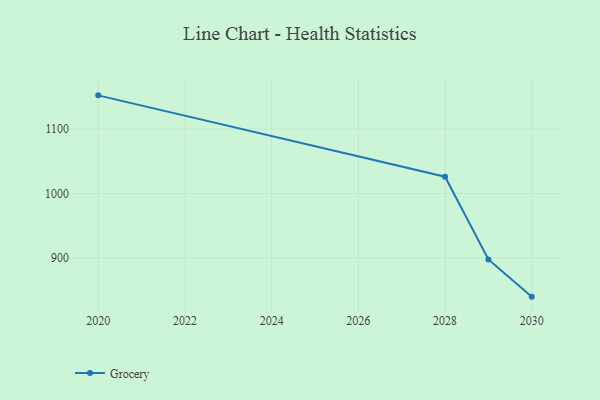
{"axis": {"x": "Year", "y": "Satisfaction Score"}, "legend": ["Grocery"], "data": [{"x": "2020", "y": 1152.2, "type": "Grocery"}, {"x": "2028", "y": 1025.9, "type": "Grocery"}, {"x": "2029", "y": 897.5, "type": "Grocery"}, {"x": "2030", "y": 839.7, "type": "Grocery"}]}